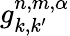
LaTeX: g_{k,k^{\prime}}^{n,m,\alpha}